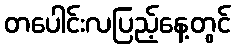
တပေါင်းလပြည့်နေ့တွင်